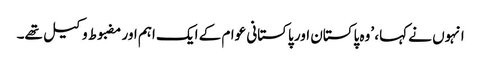
انہوں نے کہا، ’وہ پاکستان اور پاکستانی عوام کے ایک اہم اور مضبوط وکیل تھے۔